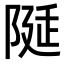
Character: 𨺘